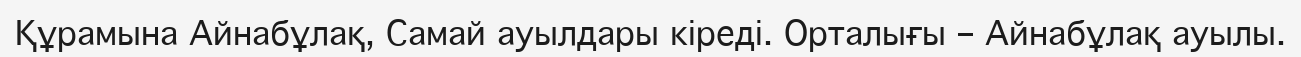
Құрамына Айнабұлақ, Самай ауылдары кіреді. Орталығы – Айнабұлақ ауылы.